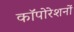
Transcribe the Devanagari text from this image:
कॉपोरेशनों